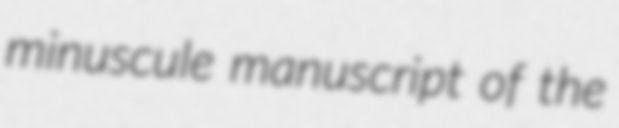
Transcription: minuscule manuscript of the